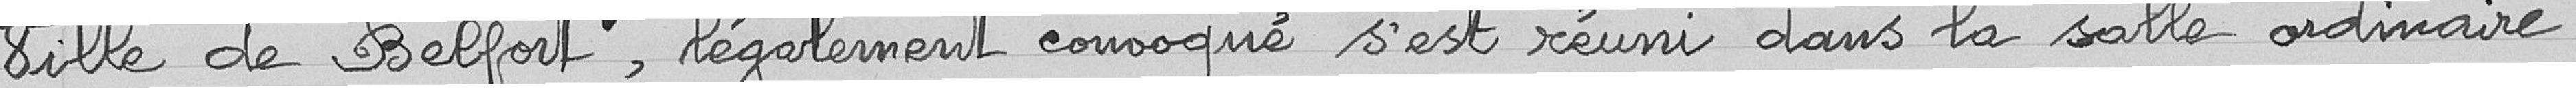
Ville de Belfort, légalement convoqué s'est réuni dans la salle ordinaire